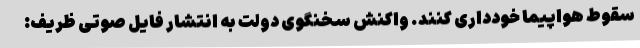
سقوط هواپیما خودداری کنند. واکنش سخنگوی دولت به انتشار فایل صوتی ظریف: